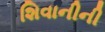
શિવાનીની